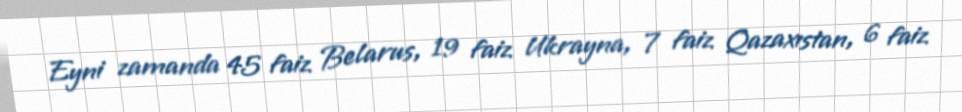
Eyni zamanda 45 faiz Belarus, 19 faiz Ukrayna, 7 faiz Qazaxıstan, 6 faiz